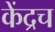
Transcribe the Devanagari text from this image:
केंद्रच